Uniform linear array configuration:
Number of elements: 48
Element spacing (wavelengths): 0.75
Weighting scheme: exponential
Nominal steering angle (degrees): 30
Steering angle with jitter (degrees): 29.62
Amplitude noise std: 0.05
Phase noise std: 0.05

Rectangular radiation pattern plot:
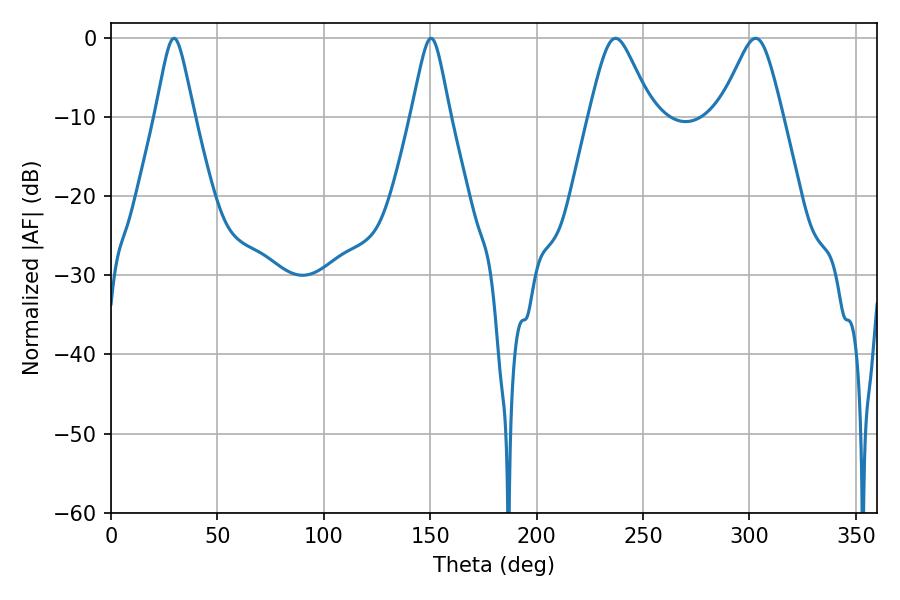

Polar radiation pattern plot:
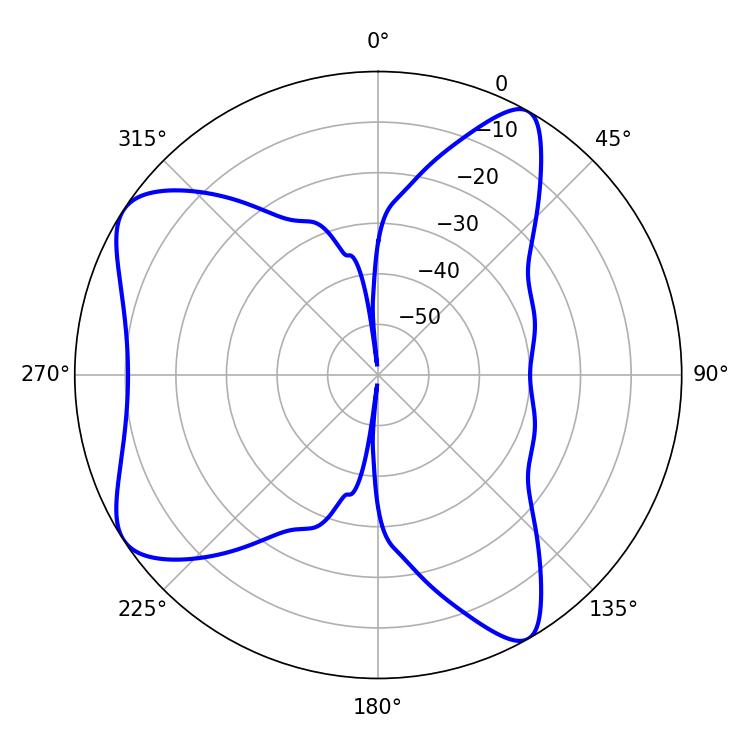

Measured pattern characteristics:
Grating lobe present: TRUE
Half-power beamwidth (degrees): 14.4
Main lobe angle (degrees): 237.06